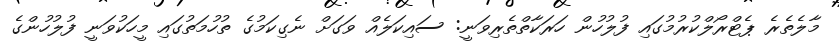
މާލެތެރެ ޕެޓްރޯލްކުރުމުގައި ފުލުހުން ހަރަކާތްތެރިވަނީ: ސައިކަލެއް ވަގަށް ނެގިކަމުގެ ތުހުމަތުގައި މީހަކުވަނީ ފުލުހުންގެ